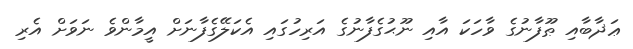
ޢަޛާބާއި ޠޫފާނުގެ ވާހަކަ އާއި ނޫޙުގެފާނުގެ އަރިހުގައި އެކަލޭގެފާނަށް އީމާންވެ ނަވަށް އެރި